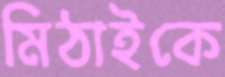
মিঠাইকে